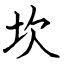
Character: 坎